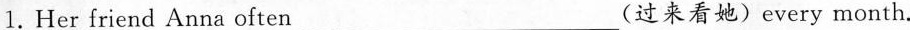
1.Her friend Anna often___（过来看她）every month.